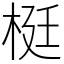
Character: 梃